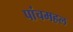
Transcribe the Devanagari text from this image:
पांचमहल